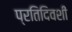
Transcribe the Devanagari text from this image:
प्रतिदिवशीं